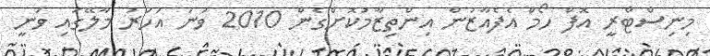
މިނިސްޓްރީ އޮފް ހޯމް އެފެއާޒުން އިންތިޒާމުކޮށްގެން 2010 ވަނަ އަހަރު މާލޭގައި ވަނީ